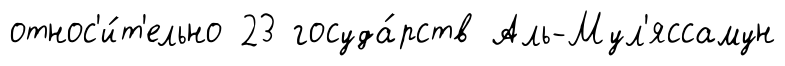
относ'и́т'ельно 23 госуда́рств Аль-Мул'яссамун